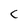
Character: c